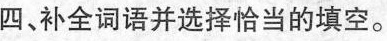
四、补全词语并选择恰当的填空。